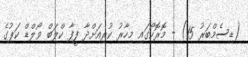
(ޑިސެމްބަރު 15) - މޮރޮކޯގައި މިހާރު ކުރިއަށްދާ ފީފާ ކްލަބް ވޯލްޑް ކަޕުގެ